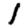
Digit: 1